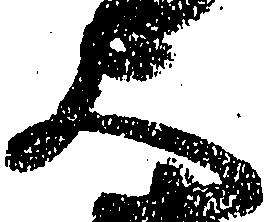
大